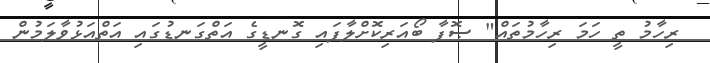
ރިހާމު ތީ ހަމަ ރިހާމުތައް" ޞޮފާ ބޯއަރިކޮށްލާފައި ގޮނޑީގެ އަތްގަނޑުގައި އަތްއަޅުވާލަމުން